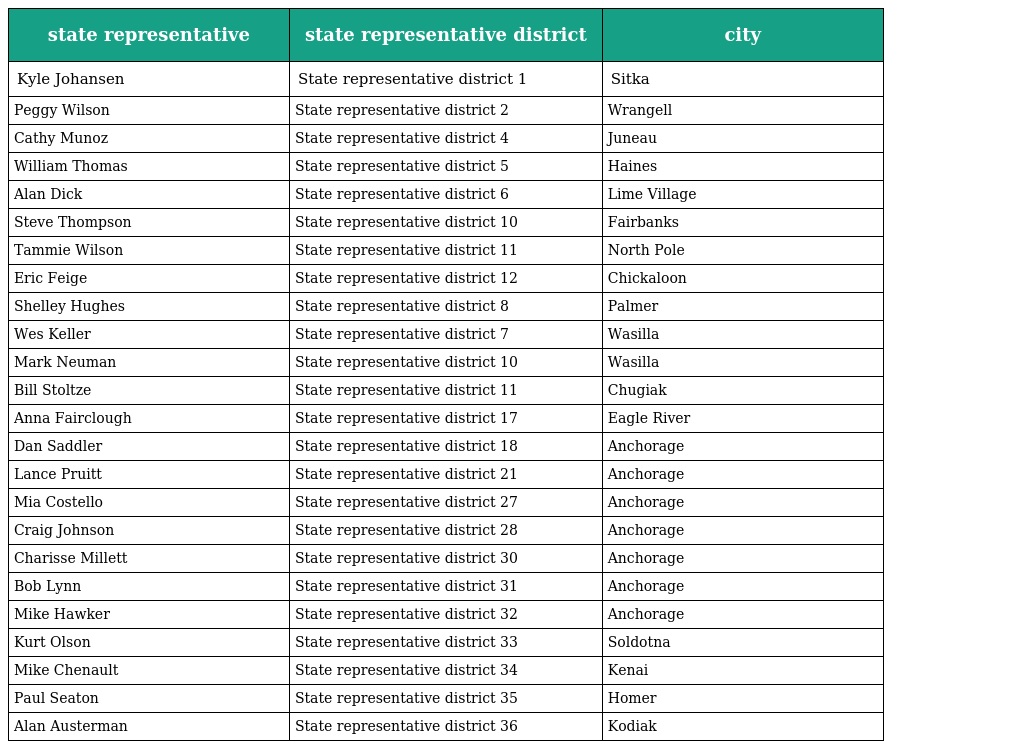
| state representative | state representative district | city |
 | --- | --- | --- |
 | Kyle Johansen | State representative district 1 | Sitka |
 | Peggy Wilson | State representative district 2 | Wrangell |
 | Cathy Munoz | State representative district 4 | Juneau |
 | William Thomas | State representative district 5 | Haines |
 | Alan Dick | State representative district 6 | Lime Village |
 | Steve Thompson | State representative district 10 | Fairbanks |
 | Tammie Wilson | State representative district 11 | North Pole |
 | Eric Feige | State representative district 12 | Chickaloon |
 | Shelley Hughes | State representative district 8 | Palmer |
 | Wes Keller | State representative district 7 | Wasilla |
 | Mark Neuman | State representative district 10 | Wasilla |
 | Bill Stoltze | State representative district 11 | Chugiak |
 | Anna Fairclough | State representative district 17 | Eagle River |
 | Dan Saddler | State representative district 18 | Anchorage |
 | Lance Pruitt | State representative district 21 | Anchorage |
 | Mia Costello | State representative district 27 | Anchorage |
 | Craig Johnson | State representative district 28 | Anchorage |
 | Charisse Millett | State representative district 30 | Anchorage |
 | Bob Lynn | State representative district 31 | Anchorage |
 | Mike Hawker | State representative district 32 | Anchorage |
 | Kurt Olson | State representative district 33 | Soldotna |
 | Mike Chenault | State representative district 34 | Kenai |
 | Paul Seaton | State representative district 35 | Homer |
 | Alan Austerman | State representative district 36 | Kodiak |